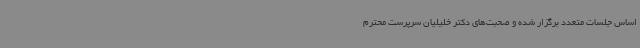
اساس جلسات متعدد برگزار شده و صحبت‌های دکتر خلیلیان سرپرست محترم